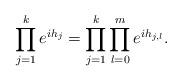
LaTeX: \begin{align*} \prod_{j=1}^k e^{ih_j}=\prod_{j=1}^k \prod_{l=0}^m e^{ih_{j,l}}. \end{align*}